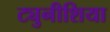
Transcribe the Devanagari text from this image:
ट्युनीशिया